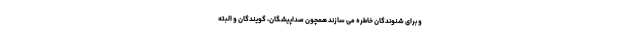
و برای شنوندگان خاطره می‌ سازند همچون صدا‌پیشگان، گویندگان و البته